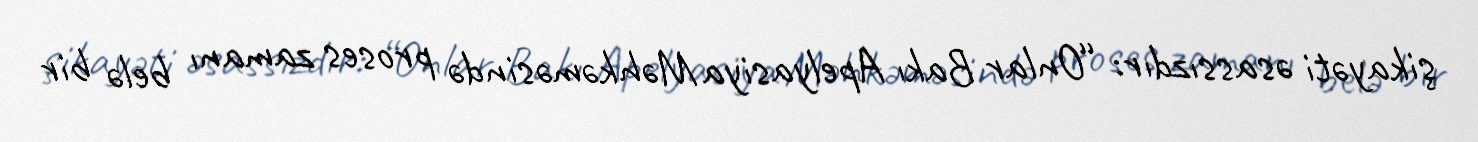
şikayəti əsassızdır: “Onlar Bakı Apelyasiya Məhkəməsində proses zamanı belə bir